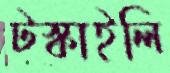
টস্‌কাইলি